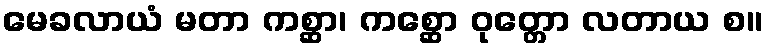
မေခလာယံ မတာ ကစ္ဆာ၊ ကစ္ဆော ဝုတ္တော လတာယ စ။